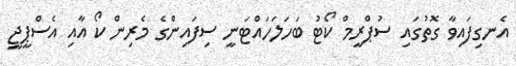
އެނގިފައިވާ ގޮތުގައި ސުޕްރީމް ކޯޓު ބަހަލަހައްޓަނީ ސިފައިންގެ މެރިން ކޯ އާއި އެސްޕީޖީ